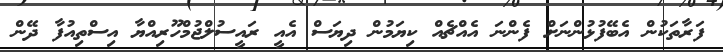
ފަރާތަކުން އެބޭފުޅުންނަށް ފެންނަ އެއްޗެއް ކިޔަމުން ދިޔަސް އެއީ ރައީސުލްޖުމްހޫރިއްޔާ އިސްތިއުފާ ދޭން